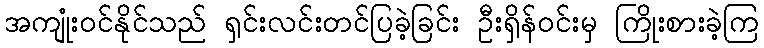
အကျုံးဝင်နိုင်သည် ရှင်းလင်းတင်ပြခဲ့ခြင်း ဦးရှိန်ဝင်းမှ ကြိုးစားခဲ့ကြ